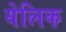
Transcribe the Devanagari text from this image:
येलिक